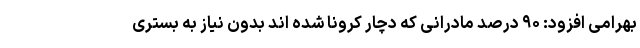
بهرامی افزود: ۹۰ درصد مادرانی که دچار کرونا شده اند بدون نیاز به بستری